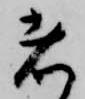
者